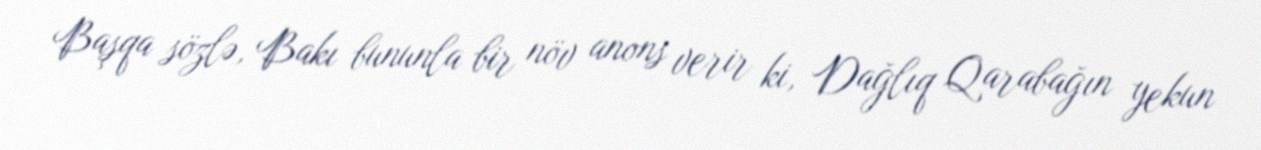
Başqa sözlə, Bakı bununla bir növ anons verir ki, Dağlıq Qarabağın yekun